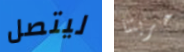
ليتصل حريتنا